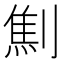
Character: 劁